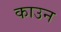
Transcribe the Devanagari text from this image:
काउन